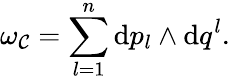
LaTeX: \omega_{\cal C}=\sum_{l=1}^{n}\mathrm{d}p_{l}\wedge\mathrm{d}q^{l}.